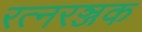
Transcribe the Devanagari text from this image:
रत्नरञ्जक